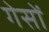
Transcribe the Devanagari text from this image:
गेसों